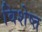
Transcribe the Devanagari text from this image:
विशेष्त